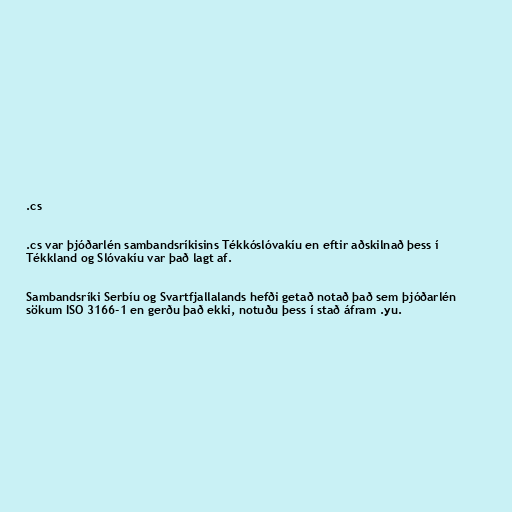
.cs

.cs var þjóðarlén sambandsríkisins Tékkóslóvakíu en eftir aðskilnað þess í
Tékkland og Slóvakíu var það lagt af.

Sambandsríki Serbíu og Svartfjallalands hefði getað notað það sem þjóðarlén
sökum ISO 3166-1 en gerðu það ekki, notuðu þess í stað áfram .yu.